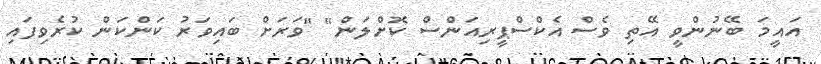
އައީމަ ބޭނުންވީ އޭތި ވެސް އެކްސްޕީރިއަންސް ކޮށްލަން" "ވަރަށް ބައިވަރު ކަންކަން ކުރެވިފައި